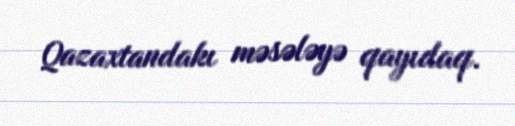
Qazaxtandakı məsələyə qayıdaq.